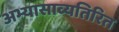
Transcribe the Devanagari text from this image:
अभ्यासाव्यतिरित